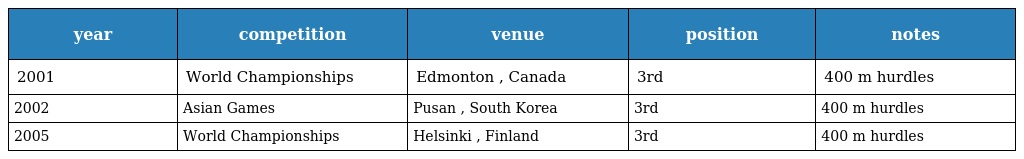
| year | competition | venue | position | notes |
 | --- | --- | --- | --- | --- |
 | 2001 | World Championships | Edmonton , Canada | 3rd | 400 m hurdles |
 | 2002 | Asian Games | Pusan , South Korea | 3rd | 400 m hurdles |
 | 2005 | World Championships | Helsinki , Finland | 3rd | 400 m hurdles |